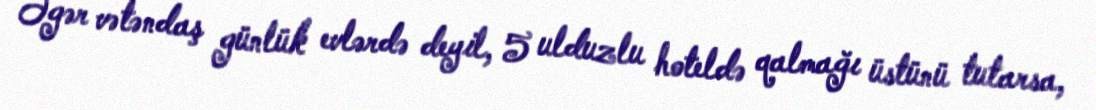
Əgər vətəndaş günlük evlərdə deyil, 5 ulduzlu hoteldə qalmağı üstünü tutarsa,